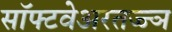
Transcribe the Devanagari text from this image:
सॉफ्टवेअरतज्ज्ञ